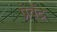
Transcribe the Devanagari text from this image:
प्रेवेंद्र